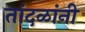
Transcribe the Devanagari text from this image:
तांदळांनी